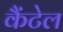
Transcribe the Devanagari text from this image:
कैंटेल